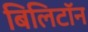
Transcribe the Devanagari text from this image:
बिलिटॉन